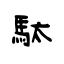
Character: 駄